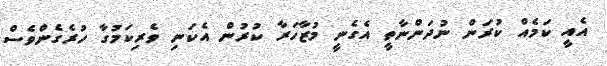
އެއީ ކަމެއް ކުރަން ނުދަންނާތީ އެގެނީ މުޒާހަރާ ކުރުން އެކަނި ވެރިކަމުގާ ހުރެގެންވެސް